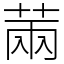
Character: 䓣